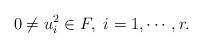
\begin{align*}0\neq u_i^2\in F,\ i=1,\cdots,r.\end{align*}